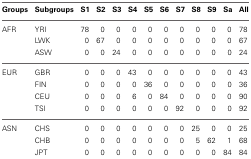
| Groups | Subgroups | S1 | S2 | S3 | S4 | S5 | S6 | S7 | S8 | S9 | Sa | All |
 | --- | --- | --- | --- | --- | --- | --- | --- | --- | --- | --- | --- | --- |
 | AFR | YRI | 78 | 0 | 0 | 0 | 0 | 0 | 0 | 0 | 0 | 0 | 78 |
 |  | LWK | 0 | 67 | 0 | 0 | 0 | 0 | 0 | 0 | 0 | 0 | 67 |
 |  | ASW | 0 | 0 | 24 | 0 | 0 | 0 | 0 | 0 | 0 | 0 | 24 |
 | EUR | GBR | 0 | 0 | 0 | 43 | 0 | 0 | 0 | 0 | 0 | 0 | 43 |
 |  | FIN | 0 | 0 | 0 | 0 | 36 | 0 | 0 | 0 | 0 | 0 | 36 |
 |  | CEU | 0 | 0 | 0 | 6 | 0 | 84 | 0 | 0 | 0 | 0 | 90 |
 |  | TSI | 0 | 0 | 0 | 0 | 0 | 0 | 92 | 0 | 0 | 0 | 92 |
 | ASN | CHS | 0 | 0 | 0 | 0 | 0 | 0 | 0 | 25 | 0 | 0 | 25 |
 |  | CHB | 0 | 0 | 0 | 0 | 0 | 0 | 0 | 5 | 62 | 1 | 68 |
 |  | JPT | 0 | 0 | 0 | 0 | 0 | 0 | 0 | 0 | 0 | 84 | 84 |